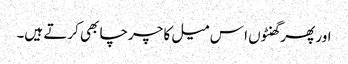
اور پھر گھنٹوں ا س میل کا چرچا بھی کرتے ہیں۔